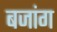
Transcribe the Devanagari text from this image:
बजांग